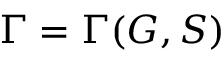
\Gamma = \Gamma ( G , S )